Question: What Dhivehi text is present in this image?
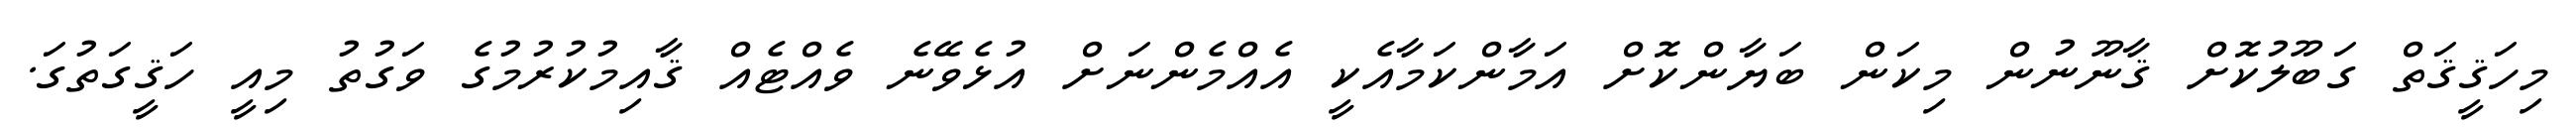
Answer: މިހަޤީޤަތް ގަބޫލުކޮށް ޤާނޫނުން މިކަން ބަޔާންކޮށް އަމާންކަމާއެކީ އެއްމެންނަށް އުޅެވޭނެ ވެއްޓެއް ޤާއިމުކުރުމުގެ ވަގުތު މިއީ ހަޤީގަތުގަ.